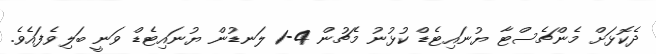
ދެކޮޅަށް މެންޗެސްޓާ ޔުނައިޓެޑް ކުޅުނު މެޗުން 4-1 ލަނޑުން ޔުނައިޓެޑް ވަނީ ބަލިވެފައެވެ.